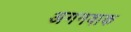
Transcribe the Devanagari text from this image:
अगनवाक